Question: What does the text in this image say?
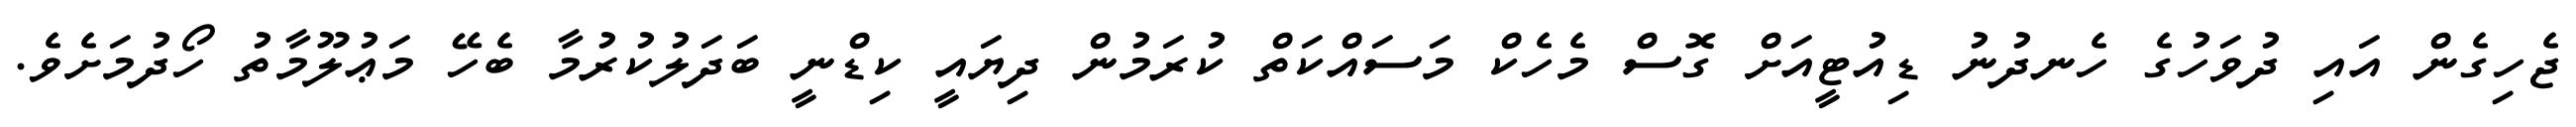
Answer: ޖެހިގެން އައި ދުވަހުގެ ހެނދުނު ޑިއުޓީއަށް ގޮސް މެހެކް މަސައްކަތް ކުރަމުން ދިޔައީ ކިޑްނީ ބަދަލުކުރުމާ ބެހޭ މަޢުލޫމާތު ހޯދުމަށެވެ.